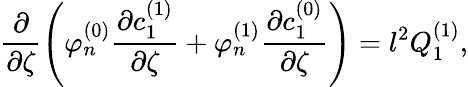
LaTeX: \frac{\partial}{\partial\zeta}\left(\varphi_{n}^{(0)}\frac{\partial c_{1}^{(1)}}{\partial\zeta}+\varphi_{n}^{(1)}\frac{\partial c_{1}^{(0)}}{\partial\zeta}\right)=l^{2}Q_{1}^{(1)},